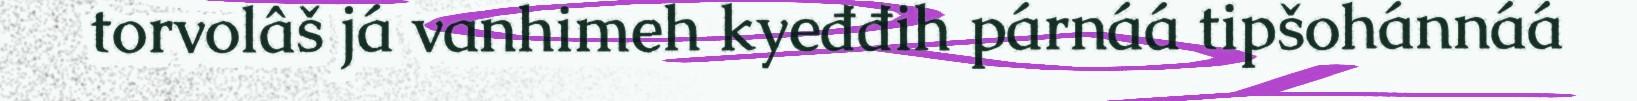
torvolâš já vanhimeh kyeđđih párnáá tipšohánnáá